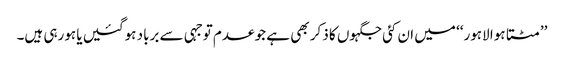
’’مٹتا ہوا لاہور‘‘ میں ان کئی جگہوں کا ذکر بھی ہے جو عدم توجہی سے برباد ہوگئیں یا ہورہی ہیں۔